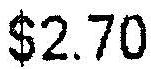
$2.70